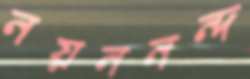
নয়ননন্দ